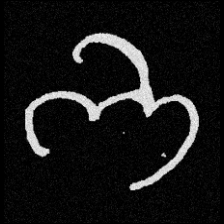
Pyu character \u2014 Myanmar letter: ဘ (romanized: bha)